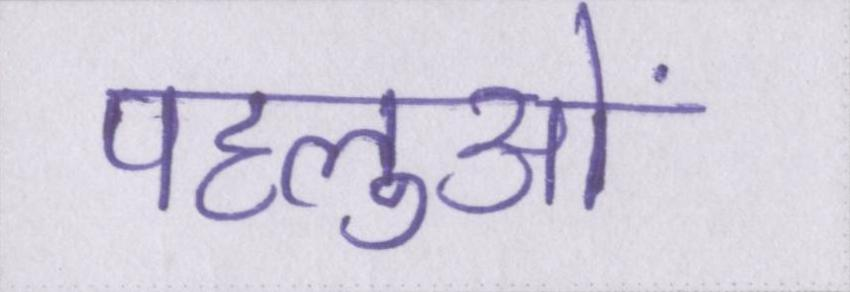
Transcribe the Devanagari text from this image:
पहलुओं